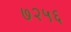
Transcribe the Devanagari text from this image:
७२५६